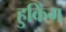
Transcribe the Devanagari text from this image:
हुकिंग